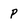
Character: P